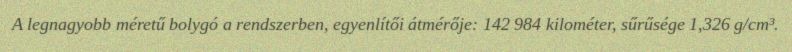
A legnagyobb méretű bolygó a rendszerben, egyenlítői átmérője: 142 984 kilométer, sűrűsége 1,326 g/cm³.